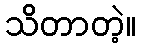
သိတာတဲ့။